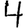
Digit: 4